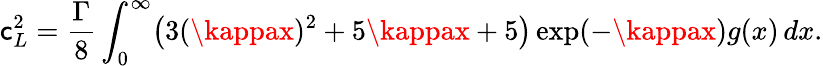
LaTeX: \mathsf{c}_{L}^{2}=\frac{{\Gamma}}{{8}}\int_{0}^{\infty}\bigl(3(\kappax)^{2}+5\kappax+5\bigr)\exp(-\kappax)g(x)\, dx.